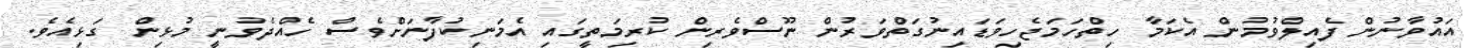
އައުވާނުން ފެއިލްވުމުން އެކަމާ ހިތްހަމަޖެހިވަޑައިނުގަތްވަރުން ނޫސްވެރިން ކުރިމަތީގައި އެމަނިކުފާނަށްވެސް ހެއްދެވުނީ މުޅިން ގަޅިއެވެ.